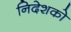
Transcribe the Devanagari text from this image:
निदेशको